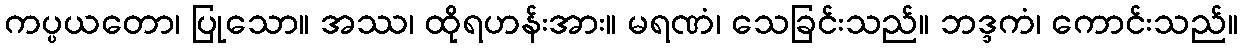
ကပ္ပယတော၊ ပြုသော။ အဿ၊ ထိုရဟန်းအား။ မရဏံ၊ သေခြင်းသည်။ ဘဒ္ဒကံ၊ ကောင်းသည်။